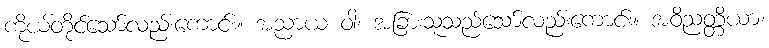
ကိုယ်တိုင်သော်လည်းကောင်း။ အညာယ ဝါ၊ အခြားသူသည်သော်လည်းကောင်း။ အဝိညတ္တိယာ၊